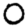
Digit: 0